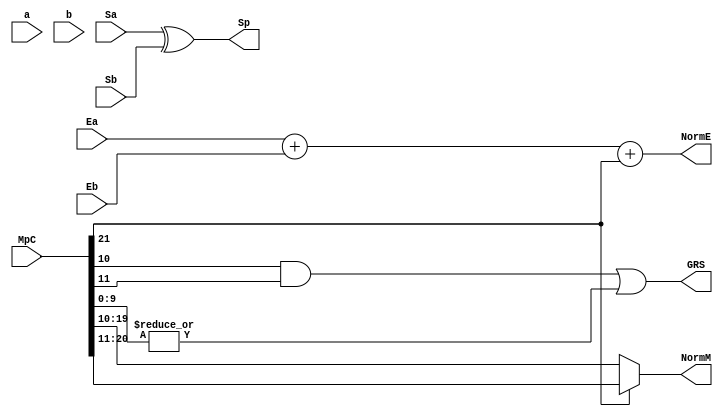
`define BFLOAT16 
`define VCS
`define EXPONENT 8
`define MANTISSA 7
`define EXPONENT 5
`define MANTISSA 10
`define SIGN 1
`define DWIDTH (`SIGN+`EXPONENT+`MANTISSA)
`define AWIDTH 10
`define MEM_SIZE 1024
`define DESIGN_SIZE 12
`define CU_SIZE 4
`define MASK_WIDTH 4
`define MEM_ACCESS_LATENCY 1
`define REG_DATAWIDTH 32
`define REG_ADDRWIDTH 8
`define ITERATIONS_WIDTH 32
`define REG_STDN_ADDR 32'h4
`define REG_MATRIX_A_ADDR 32'he
`define REG_MATRIX_B_ADDR 32'h12
`define REG_MATRIX_C_ADDR 32'h16
`define REG_VALID_MASK_A_ADDR 32'h20
`define REG_VALID_MASK_B_ADDR 32'h5c
`define REG_ITERATIONS_ADDR 32'h40
`define PE_PIPELINE_DEPTH 5
`define IDLE     2'b00
`define W_ENABLE  2'b01
`define R_ENABLE  2'b10

module FPMult_ExecuteModule(
		a,
		b,
		MpC,
		Ea,
		Eb,
		Sa,
		Sb,
		Sp,
		NormE,
		NormM,
		GRS
    );

	// Input ports
	input [`MANTISSA-1:0] a ;
	input [2*`EXPONENT:0] b ;
	input [2*`MANTISSA+1:0] MpC ;
	input [`EXPONENT-1:0] Ea ;						// A's exponent
	input [`EXPONENT-1:0] Eb ;						// B's exponent
	input Sa ;								// A's sign
	input Sb ;								// B's sign
	
	// Output ports
	output Sp ;								// Product sign
	output [`EXPONENT:0] NormE ;													// Normalized exponent
	output [`MANTISSA-1:0] NormM ;												// Normalized mantissa
	output GRS ;
	
	wire [2*`MANTISSA+1:0] Mp ;
	
	assign Sp = (Sa ^ Sb) ;												// Equal signs give a positive product
	
   // wire [`ACTUAL_MANTISSA-1:0] inp_a;
   // wire [`ACTUAL_MANTISSA-1:0] inp_b;
   // assign inp_a = {1'b1, a};
   // assign inp_b = {{(`MANTISSA-`MANTISSA_MUL_SPLIT_LSB){1'b0}}, 1'b0, b};
   // DW02_mult #(`ACTUAL_MANTISSA,`ACTUAL_MANTISSA) u_mult(.A(inp_a), .B(inp_b), .TC(1'b0), .PRODUCT(Mp_temp));
   // DW01_add #(2*`ACTUAL_MANTISSA) u_add(.A(Mp_temp), .B(MpC<<`MANTISSA_MUL_SPLIT_LSB), .CI(1'b0), .SUM(Mp), .CO());

	//assign Mp = (MpC<<(2*`EXPONENT+1)) + ({4'b0001, a[`MANTISSA-1:0]}*{1'b0, b[2*`EXPONENT:0]}) ;
	assign Mp = MpC;


	assign NormM = (Mp[2*`MANTISSA+1] ? Mp[2*`MANTISSA:`MANTISSA+1] : Mp[2*`MANTISSA-1:`MANTISSA]); 	// Check for overflow
	assign NormE = (Ea + Eb + Mp[2*`MANTISSA+1]);								// If so, increment exponent
	
	assign GRS = ((Mp[`MANTISSA]&(Mp[`MANTISSA+1]))|(|Mp[`MANTISSA-1:0])) ;
	
endmodule